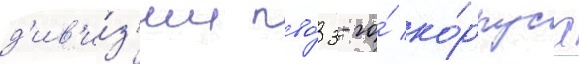
д'ив'и́з'ии пво́ 3-го́ ко́рпуса